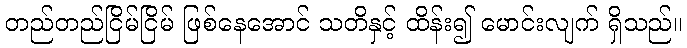
တည်တည်ငြိမ်ငြိမ် ဖြစ်နေအောင် သတိနှင့် ထိန်း၍ မောင်းလျက် ရှိသည်။